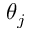
\theta _ { j }